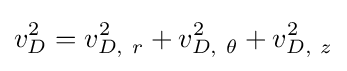
v_{D}^{2}=v_{D,~r}^{2}+v_{D,~\theta }^{2}+v_{D,~z}^{2}